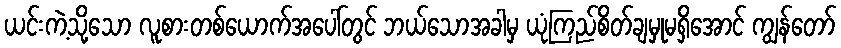
ယင်းကဲ့သို့သော လူစားတစ်ယောက်အပေါ်တွင် ဘယ်သောအခါမှ ယုံကြည်စိတ်ချမှုမရှိအောင် ကျွန်တော်